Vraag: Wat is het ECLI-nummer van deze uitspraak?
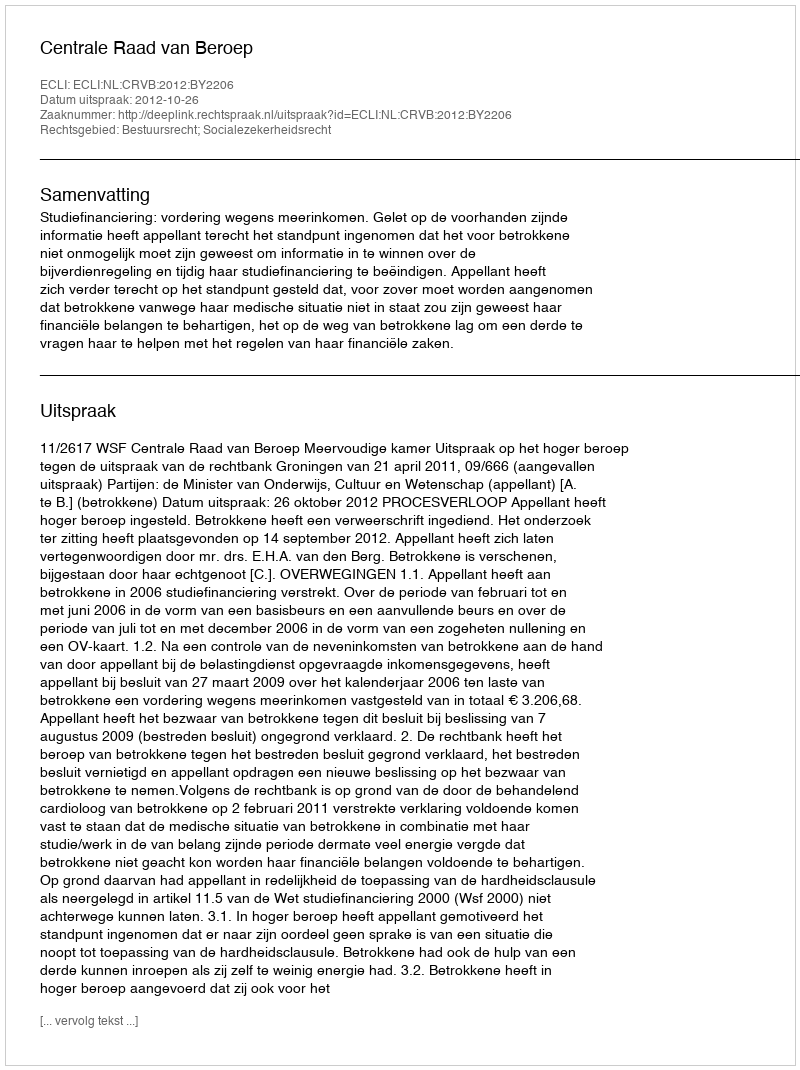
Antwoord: ECLI:NL:CRVB:2012:BY2206